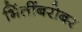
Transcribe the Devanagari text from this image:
भिंतींबरोबर